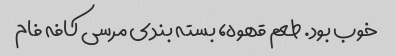
خوب بود. طعم قهوه، بسته بندی مرسی کافه فام